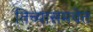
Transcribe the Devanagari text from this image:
तिच्यासमवेत